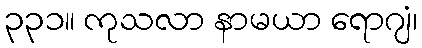
၃၃၁။ ကုသလာ နာမယာ ရောဂျံ၊